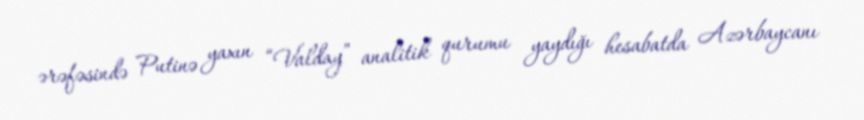
ərəfəsində Putinə yaxın “Valday” analitik qurumu yaydığı hesabatda Azərbaycanı